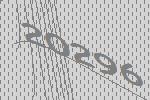
20296